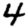
Digit: 4